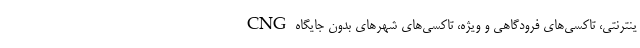
ینترنتی، تاکسی‌های فرودگاهی و ویژه، تاکسی‌های شهرهای بدون جایگاه CNG